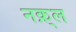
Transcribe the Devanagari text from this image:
नक़्ल